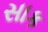
સાક